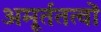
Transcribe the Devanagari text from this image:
अमूर्ततत्वों